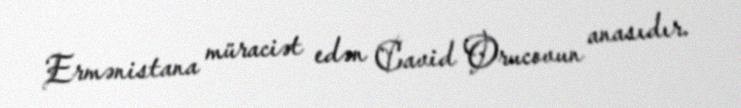
Ermənistana müraciət edən Cavid Orucovun anasıdır.